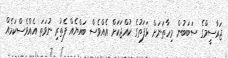
ޖަރާސީމްގެ ސަބަބުން މިހާތަނަށް ޅަފަތުގެ ކުއްޖަކަށް އެއްވެސް ބައްޔެއް ފެތުރި ނުވަތަ އެއްވެސްކަމެއް